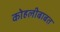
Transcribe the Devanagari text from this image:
कोहलीबाबत